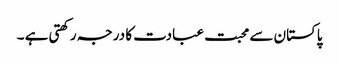
پاکستان سے محبت عبادت کا درجہ رکھتی ہے ۔